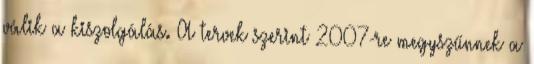
válik a kiszolgálás. A tervek szerint 2007-re megyszűnnek a